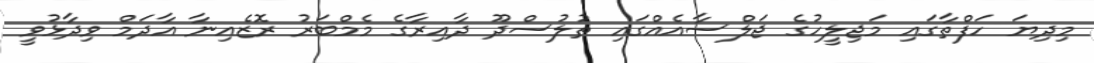
މިދިޔަ ހަފްތާގައި މަޖިލީހުގެ ޖަލްސާއެއްގައި ތުލުސްދޫ ދާއިރާގެ މެމްބަރު ރޮޒެއިނާ އާދަމް ވިދާޅުވީ